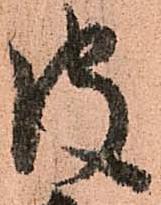
皮